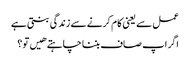
عمل سے یعنی کام کرنے سے زندگی بنتی ہے
اگر اپ صاف بننا چاہتے هیں تو ؟